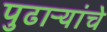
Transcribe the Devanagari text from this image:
पुढाऱ्यांचे